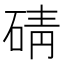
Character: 碃